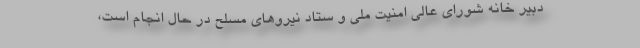
دبیر خانه شورای عالی امنیت ملی و ستاد نیروهای مسلح در حال انجام است،